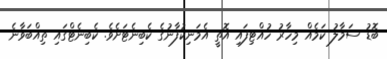
ބޮޑު ސަމާލު ކަމެއް މިހާރު ހުއްޓިފައި އޮތީ އެމަނިކުފާނުގެ ކެބިނެޓަށެވެ. ކެބިނެޓްގައި ތިއްބަވާނެ